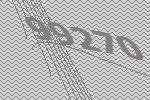
99270